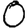
Digit: 0